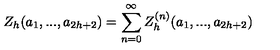
Z _ { h } ( a _ { 1 } , . . . , a _ { 2 h + 2 } ) = \sum _ { n = 0 } ^ { \infty } Z _ { h } ^ { ( n ) } ( a _ { 1 } , . . . , a _ { 2 h + 2 } )